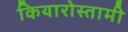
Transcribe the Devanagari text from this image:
कियारोस्तामी